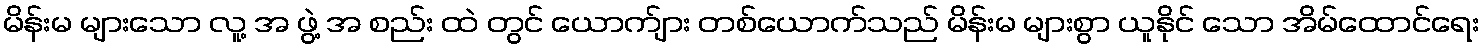
မိန်းမ များသော လူ့ အ ဖွဲ့ အ စည်း ထဲ တွင် ယောက်ျား တစ်ယောက်သည် မိန်းမ များစွာ ယူနိုင် သော အိမ်ထောင်ရေး